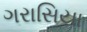
ગરાસિયા